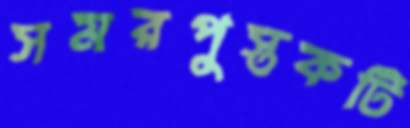
সমরপুস্তকটি